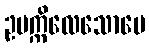
ဥပက္ကိလေသောပေ